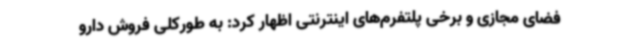
فضای مجازی و برخی پلتفرم‌های اینترنتی اظهار کرد: به طورکلی فروش دارو